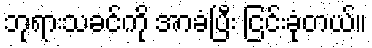
ဘုရားသခင်ကို အာခံပြီး ငြင်းခုံတယ်။